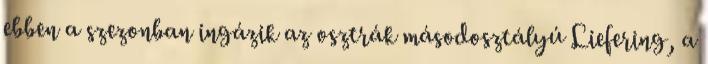
ebben a szezonban ingázik az osztrák másodosztályú Liefering, a